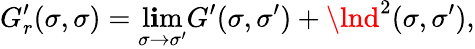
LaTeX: G_{r}^{\prime}(\sigma,\sigma)=\operatorname*{l\mathbf{i}m}_{\sigma\rightarrow\sigma^{\prime}}G^{\prime}(\sigma,\sigma^{\prime})+\lnd^{2}(\sigma,\sigma^{\prime}),